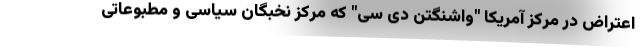
اعتراض در مرکز آمریکا "واشنگتن دی سی" که مرکز نخبگان سیاسی و مطبوعاتی